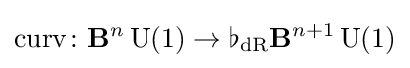
\operatorname {curv} \colon \mathbf {B} ^{n}\operatorname {U} (1)\rightarrow \flat _{\mathrm {dR} }\mathbf {B} ^{n+1}\operatorname {U} (1)